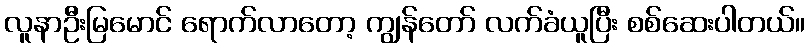
လူနာဦးမြမောင် ရောက်လာတော့ ကျွန်တော် လက်ခံယူပြီး စစ်ဆေးပါတယ်။